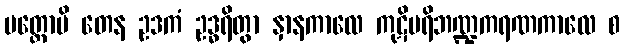
ပတ္တောပိ တေန ဥဒကံ ဥဒ္ဓရိတွာ နှာနကာလေ ကုဋိပရိဘဏ္ဍကရဏကာလေ စ